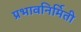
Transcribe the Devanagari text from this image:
प्रभावनिर्मिती